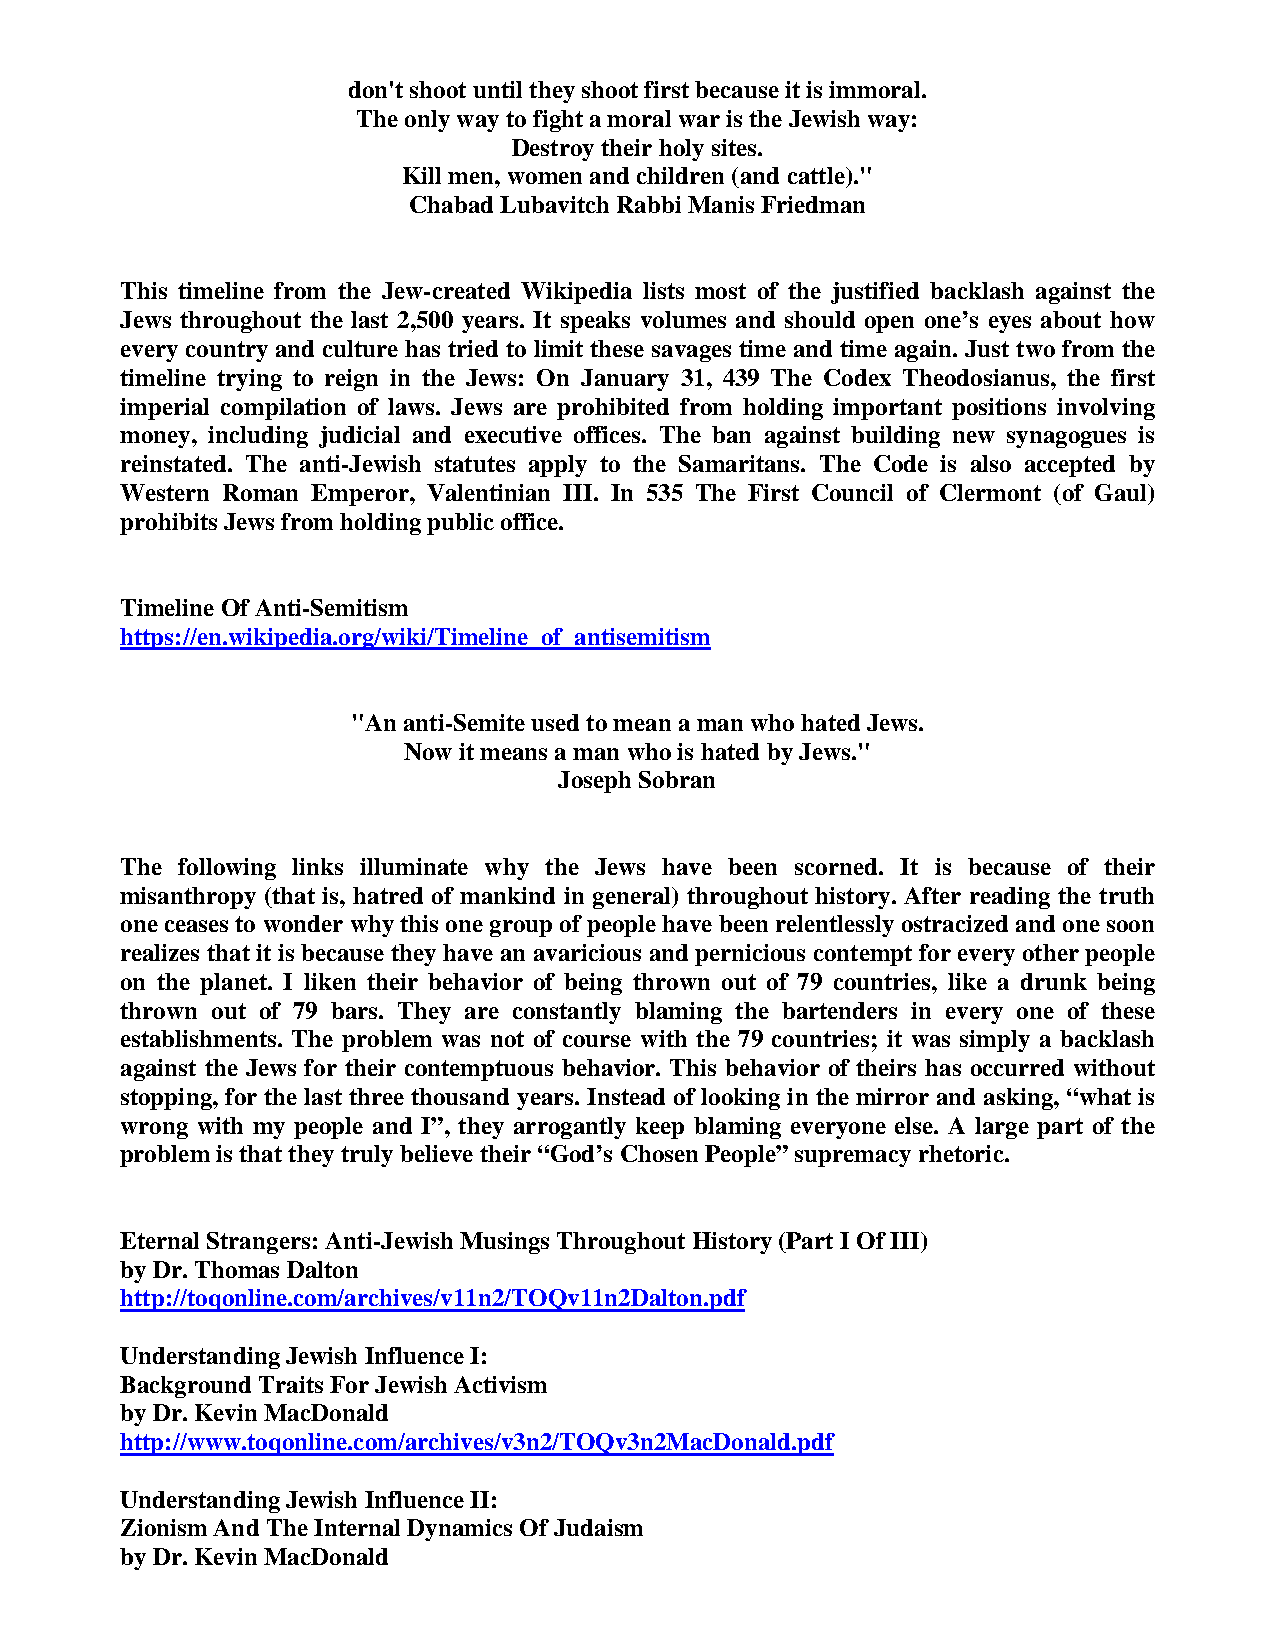
don't shoot until they shoot first because it is immoral.
 The only way to fight a moral war is the Jewish way:
 Destroy their holy sites.
 Kill men, women and children (and cattle)."
 Chabad Lubavitch Rabbi Manis Friedman
 This timeline from the Jew-created Wikipedia lists most of the justified backlash against the
 Jews throughout the last 2,500 years. It speaks volumes and should open one’s eyes about how
 every country and culture has tried to limit these savages time and time again. Just two from the
 timeline trying to reign in the Jews: On January 31, 439 The Codex Theodosianus, the first
 imperial compilation of laws. Jews are prohibited from holding important positions involving
 money, including judicial and executive offices. The ban against building new synagogues is
 reinstated. The anti-Jewish statutes apply to the Samaritans. The Code is also accepted by
 Western Roman Emperor, Valentinian III. In 535 The First Council of Clermont (of Gaul)
 prohibits Jews from holding public office.
 Timeline Of Anti-Semitism
 https://en.wikipedia.org/wiki/Timeline_of_antisemitism
 "An anti-Semite used to mean a man who hated Jews.
 Now it means a man who is hated by Jews."
 Joseph Sobran
 The following links illuminate why the Jews have been scorned. It is because of their
 misanthropy (that is, hatred of mankind in general) throughout history. After reading the truth
 one ceases to wonder why this one group of people have been relentlessly ostracized and one soon
 realizes that it is because they have an avaricious and pernicious contempt for every other people
 on the planet. I liken their behavior of being thrown out of 79 countries, like a drunk being
 thrown out of 79 bars. They are constantly blaming the bartenders in every one of these
 establishments. The problem was not of course with the 79 countries; it was simply a backlash
 against the Jews for their contemptuous behavior. This behavior of theirs has occurred without
 stopping, for the last three thousand years. Instead of looking in the mirror and asking, “what is
 wrong with my people and I”, they arrogantly keep blaming everyone else. A large part of the
 problem is that they truly believe their “God’s Chosen People” supremacy rhetoric.
 Eternal Strangers: Anti-Jewish Musings Throughout History (Part I Of III)
 by Dr. Thomas Dalton
 http://toqonline.com/archives/v11n2/TOQv11n2Dalton.pdf
 Understanding Jewish Influence I:
 Background Traits For Jewish Activism
 by Dr. Kevin MacDonald
 http://www.toqonline.com/archives/v3n2/TOQv3n2MacDonald.pdf
 Understanding Jewish Influence II:
 Zionism And The Internal Dynamics Of Judaism
 by Dr. Kevin MacDonald